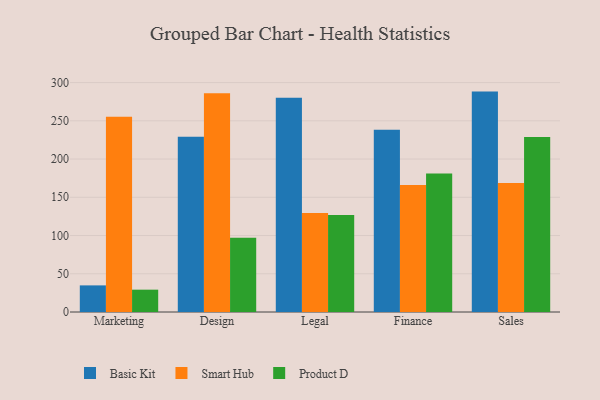
{"axis": {"x": "Department", "y": "Gross Profit (USD K)"}, "legend": ["Basic Kit", "Product D", "Smart Hub"], "data": [{"x": "Marketing", "y": 34.8, "type": "Basic Kit"}, {"x": "Marketing", "y": 255.4, "type": "Smart Hub"}, {"x": "Marketing", "y": 29.2, "type": "Product D"}, {"x": "Design", "y": 229.0, "type": "Basic Kit"}, {"x": "Design", "y": 285.9, "type": "Smart Hub"}, {"x": "Design", "y": 97.2, "type": "Product D"}, {"x": "Legal", "y": 280.2, "type": "Basic Kit"}, {"x": "Legal", "y": 129.4, "type": "Smart Hub"}, {"x": "Legal", "y": 126.9, "type": "Product D"}, {"x": "Finance", "y": 238.3, "type": "Basic Kit"}, {"x": "Finance", "y": 166.1, "type": "Smart Hub"}, {"x": "Finance", "y": 181.2, "type": "Product D"}, {"x": "Sales", "y": 288.2, "type": "Basic Kit"}, {"x": "Sales", "y": 168.7, "type": "Smart Hub"}, {"x": "Sales", "y": 228.7, "type": "Product D"}]}